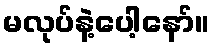
မလုပ်နဲ့ပေါ့နော်။